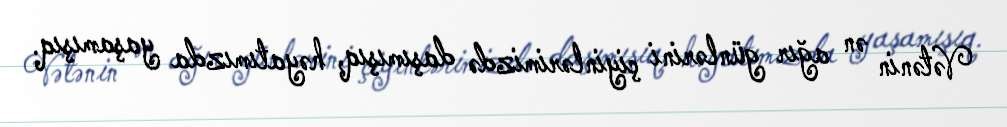
Vətənin ən ağır günlərini çiyinlərimizdə daşımışıq, həyatımızda yaşamışıq.